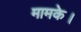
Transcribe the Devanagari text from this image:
मामके।